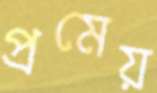
প্রমেয়